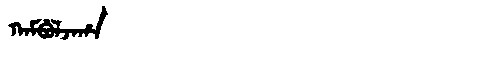
Manchu: ᡴᠠᠮᠪᡠᠯᠵᠠᡥᠠ
Romanization: KAMBULJAHA